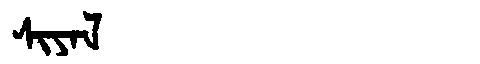
Manchu: ᠰᡳᠶᠠᠯ
Romanization: SIYAL